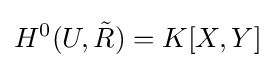
H^{0}(U,{\tilde {R}})=K[X,Y]